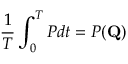
\frac { 1 } { T } \int _ { 0 } ^ { T } P d t = P ( \mathbf { Q } )